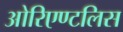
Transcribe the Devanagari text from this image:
ओरिएण्टलिस